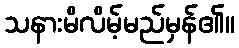
သနားမိလိမ့်မည်မှန်၏။